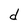
Character: d